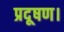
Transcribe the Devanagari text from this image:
प्रदूषण।